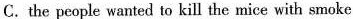
C. the people wanted to kill the mice with smoke